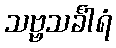
သဗ္ဗသင်္ခါရံ